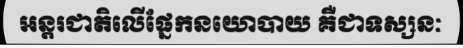
អន្តរជាតិលើផ្នែកនយោបាយ គឺជាទស្សនៈ